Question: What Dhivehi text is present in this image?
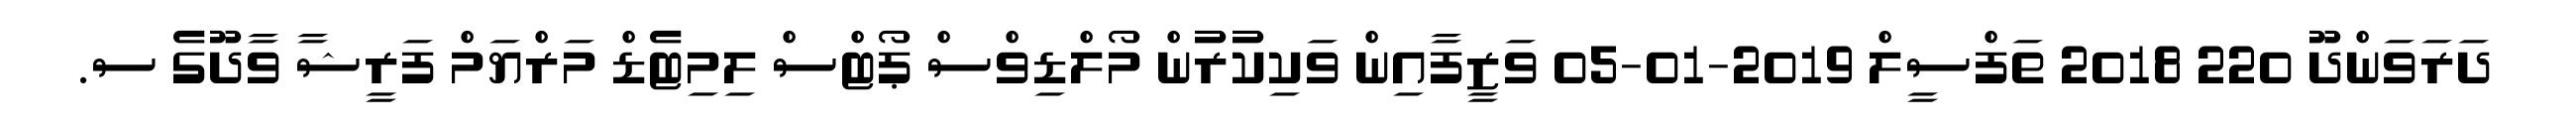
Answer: ދަރަވަންދޫ 220 2018 ތަފްސީލް 2019-01-05 ވަޒީފާއިން ވަކިކުރުން މޯލްޑިވްސް ޕޯޓްސް ލިމިޓެޑް މަރްޔަމް ފަރީޝާ ވާދޫގެ ސ.